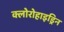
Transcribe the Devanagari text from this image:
क्लोरोहाइड्रिन